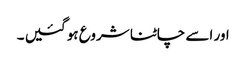
اور اسے چاٹنا شروع ہو گئیں ۔